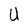
Character: U